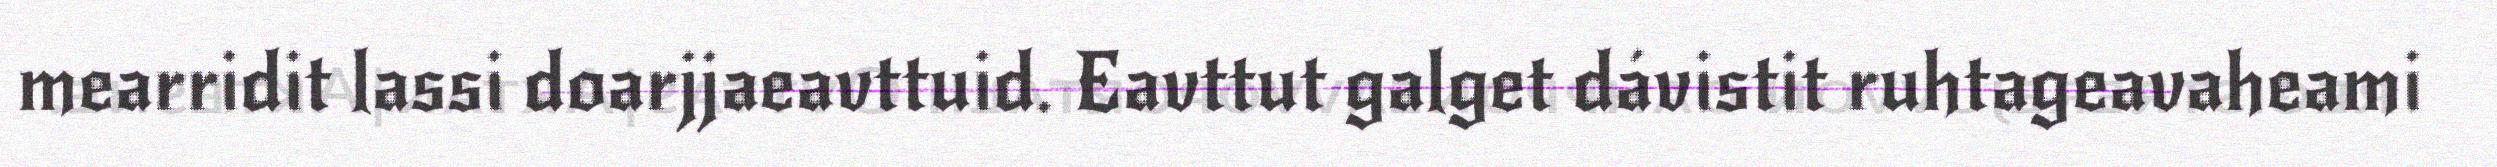
mearridit lassi doarjjaeavttuid. Eavttut galget dávistit ruhtageavaheami